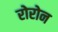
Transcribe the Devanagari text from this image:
रोरोन